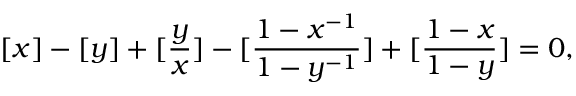
[ x ] - [ y ] + [ \frac { y } { x } ] - [ \frac { 1 - x ^ { - 1 } } { 1 - y ^ { - 1 } } ] + [ \frac { 1 - x } { 1 - y } ] = 0 ,